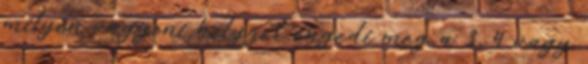
milyen vagyoni helyzet engedi meg a 3, 4 vagy